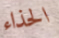
الحذاء